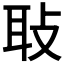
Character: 𦔼